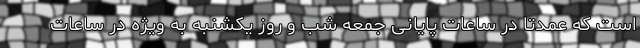
است که عمدتا در ساعات پایانی جمعه شب و روز یکشنبه به ویژه در ساعات